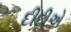
દીદીએ